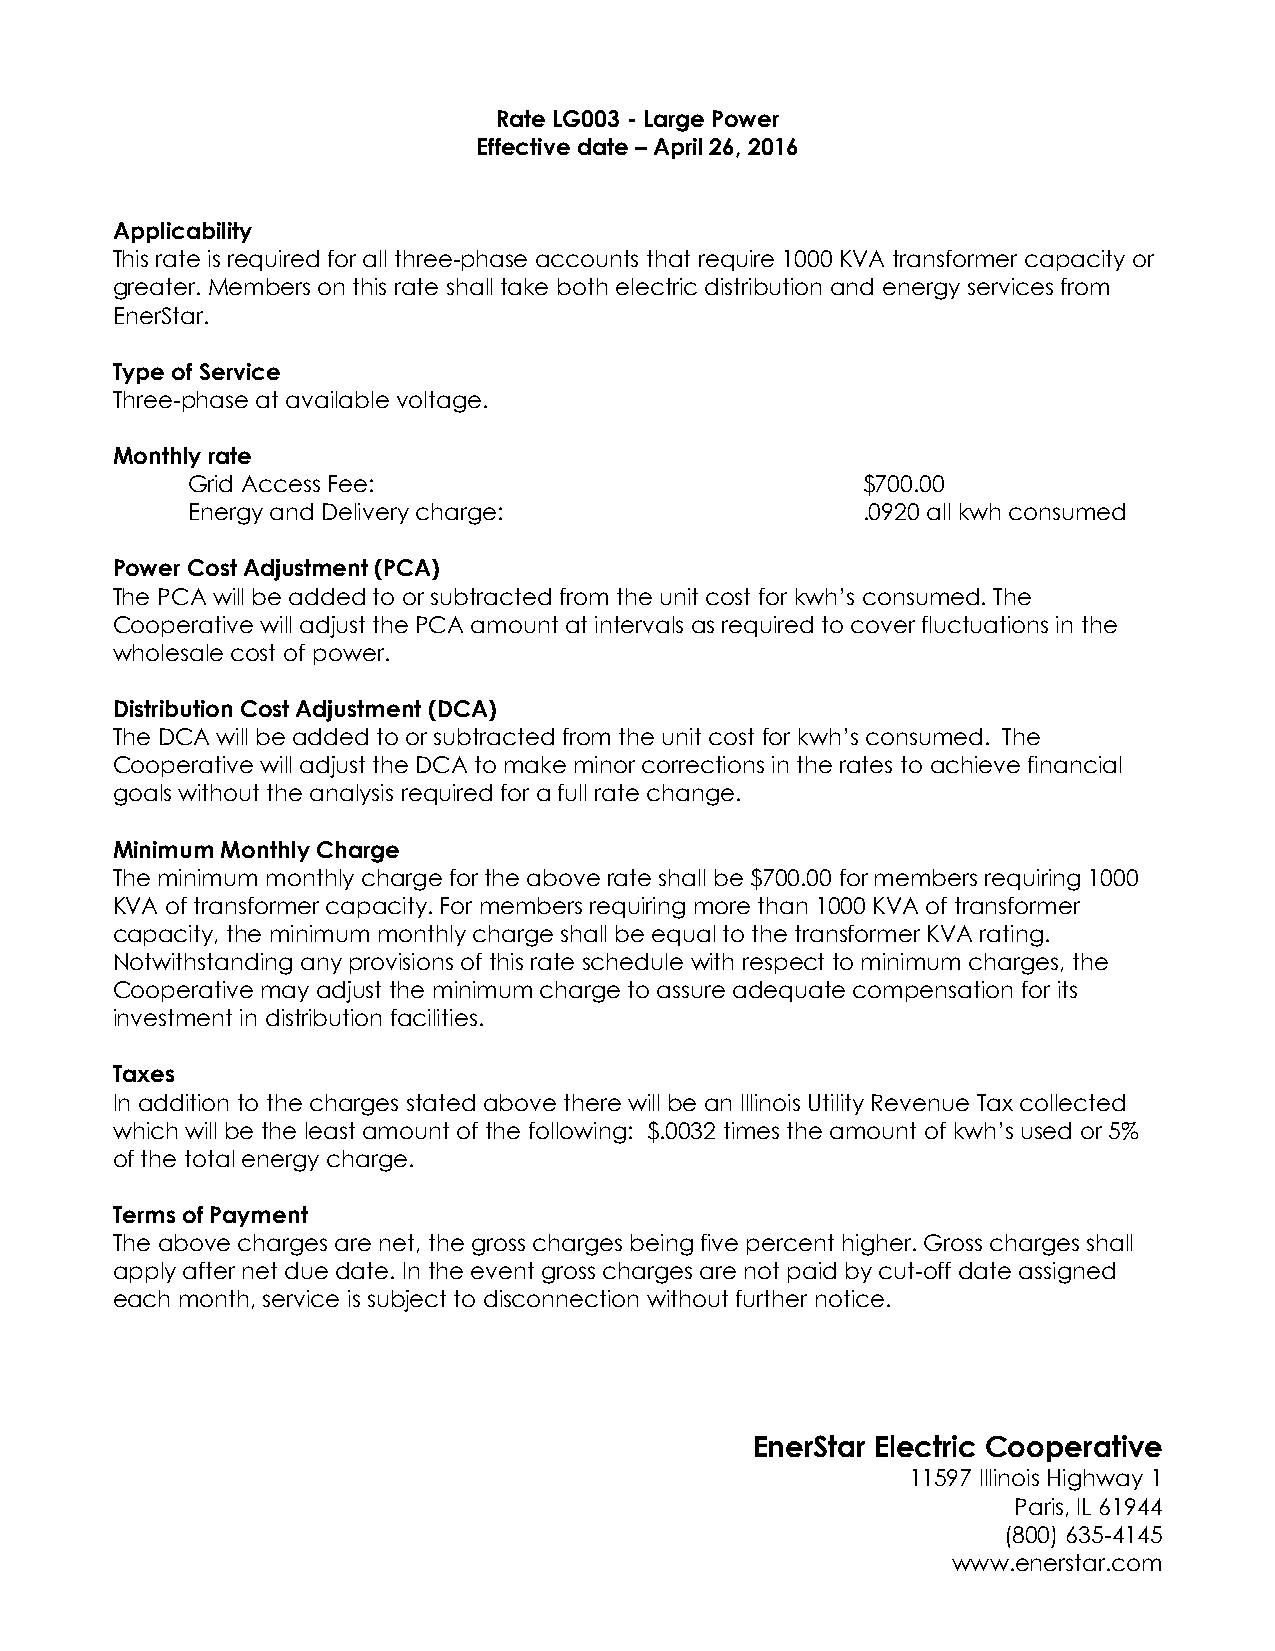
Rate LG003 - Large Power
 Effective date – April 26, 2016
 Applicability
 This rate is required for all three-phase accounts that require 1000 KVA transformer capacity or
 greater. Members on this rate shall take both electric distribution and energy services from
 EnerStar.
 Type of Service
 Three-phase at available voltage.
 Monthly rate
 Grid Access Fee:                             $700.00
 Energy and Delivery charge:                  .0920 all kwh consumed
 Power Cost Adjustment (PCA)
 The PCA will be added to or subtracted from the unit cost for kwh’s consumed. The
 Cooperative will adjust the PCA amount at intervals as required to cover fluctuations in the
 wholesale cost of power.
 Distribution Cost Adjustment (DCA)
 The DCA will be added to or subtracted from the unit cost for kwh’s consumed. The
 Cooperative will adjust the DCA to make minor corrections in the rates to achieve financial
 goals without the analysis required for a full rate change.
 Minimum Monthly Charge
 The minimum monthly charge for the above rate shall be $700.00 for members requiring 1000
 KVA of transformer capacity. For members requiring more than 1000 KVA of transformer
 capacity, the minimum monthly charge shall be equal to the transformer KVA rating.
 Notwithstanding any provisions of this rate schedule with respect to minimum charges, the
 Cooperative may adjust the minimum charge to assure adequate compensation for its
 investment in distribution facilities.
 Taxes
 In addition to the charges stated above there will be an Illinois Utility Revenue Tax collected
 which will be the least amount of the following: $.0032 times the amount of kwh’s used or 5%
 of the total energy charge.
 Terms of Payment
 The above charges are net, the gross charges being five percent higher. Gross charges shall
 apply after net due date. In the event gross charges are not paid by cut-off date assigned
 each month, service is subject to disconnection without further notice.
 EnerStar Electric Cooperative
 11597 Illinois Highway 1
 Paris, IL 61944
 (800) 635-4145
 www.enerstar.com